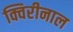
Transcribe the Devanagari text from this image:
क्विरीनाल